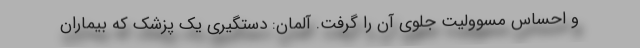
و احساس مسوولیت جلوی آن را گرفت. آلمان: دستگیری یک پزشک که بیماران